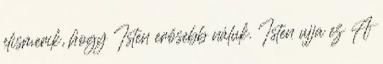
elismerik, hogy Isten erősebb náluk. Isten ujja ez A